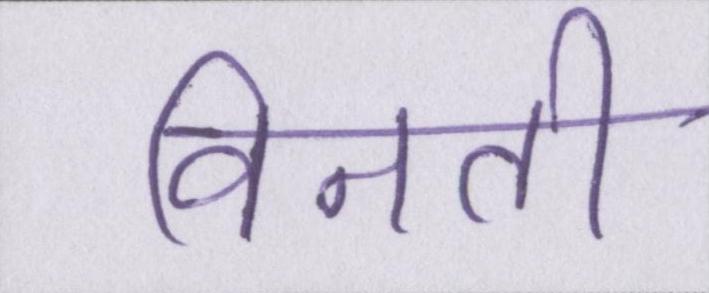
विनती